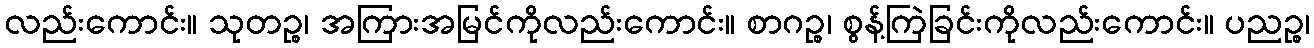
လည်းကောင်း။ သုတဉ္စ၊ အကြားအမြင်ကိုလည်းကောင်း။ စာဂဉ္စ၊ စွန့်ကြဲခြင်းကိုလည်းကောင်း။ ပညဉ္စ၊